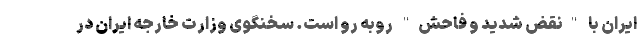
ایران با "نقض شدید و فاحش" روبه رو است. سخنگوی وزارت خارجه ایران در